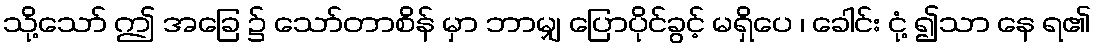
သို့သော် ဤ အခြေ ၌ သော်တာစိန် မှာ ဘာမျှ ပြောပိုင်ခွင့် မရှိပေ ၊ ခေါင်း ငုံ့ ၍သာ နေ ရ၏